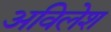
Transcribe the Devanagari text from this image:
अविलेश